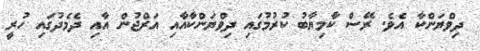
ދިވްޔަންކާ އެވެ. ރޭސް ކާމިޔާބު ކުރުމުގައި ދިވްޔަންކާއާއި އަރްޖުން އާއި ދެމެދުގައި ހުރީ